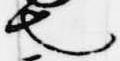
也